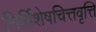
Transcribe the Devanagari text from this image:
निर्विशेषचित्तवृत्ति